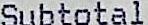
SUBTOTAL